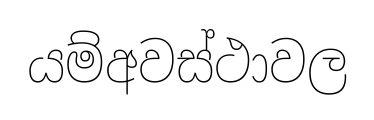
යම්අවස්ථාවල